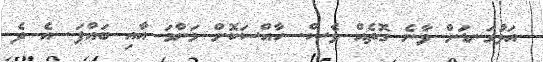
އަޅުގަނޑަށް ވާނެ ގޮތެެއް ވެސް. ހާއްސަކޮށް މަންމަ އާއި ބައްޕަ. އެ ދެ